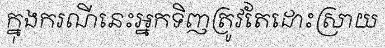
ក្នុងករណីនេះអ្នកទិញត្រូវតែដោះស្រាយ